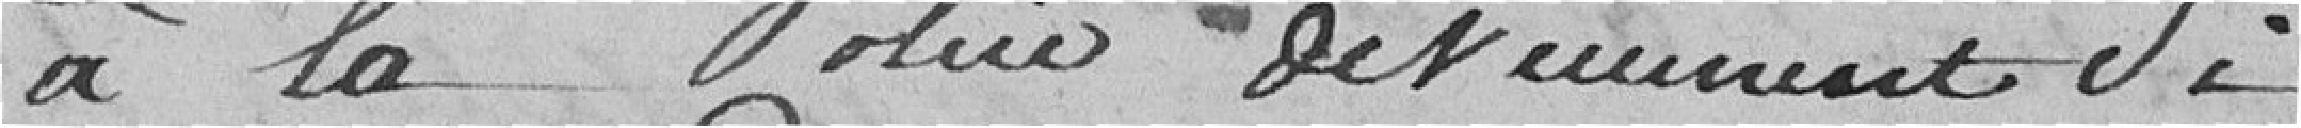
à la Police deviennent si